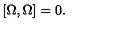
\left[ \Omega , \Omega \right] = 0 .